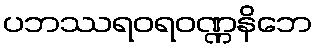
ပဘဿရဝရဝဏ္ဏနိဘေ